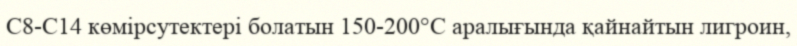
С8-С14 көмірсутектері болатын 150-200°С аралығында қайнайтын лигроин,